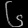
Digit: ၆